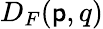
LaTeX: D_{F}(\mathsf{p},q)